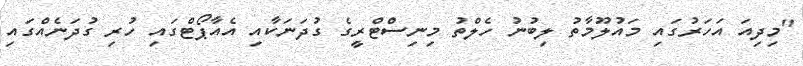
"މިދިއަ އަހަރުގައި މައުލޫމާތު ލިބުނު ހެލްތު މިނިސްޓްރީގެ ގުދަނަކާއި އެއާޕޯޓްގައި ހުރި ގުދަނެއްގައި